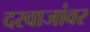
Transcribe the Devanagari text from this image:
दरवाजांवर